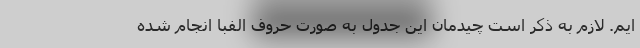
ایم. لازم به ذکر است چیدمان این جدول به صورت حروف الفبا انجام شده